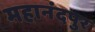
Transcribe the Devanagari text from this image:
महानंदपुर